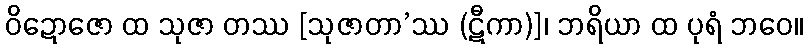
ဝိဍောဇော ထ သုဇာ တဿ [သုဇာတာ’ဿ (ဋီကာ)]၊ ဘရိယာ ထ ပုရံ ဘဝေ။